Lunatic asylums in Bengal annual reports 1899-1911 - 1899-1911
Year: 1899
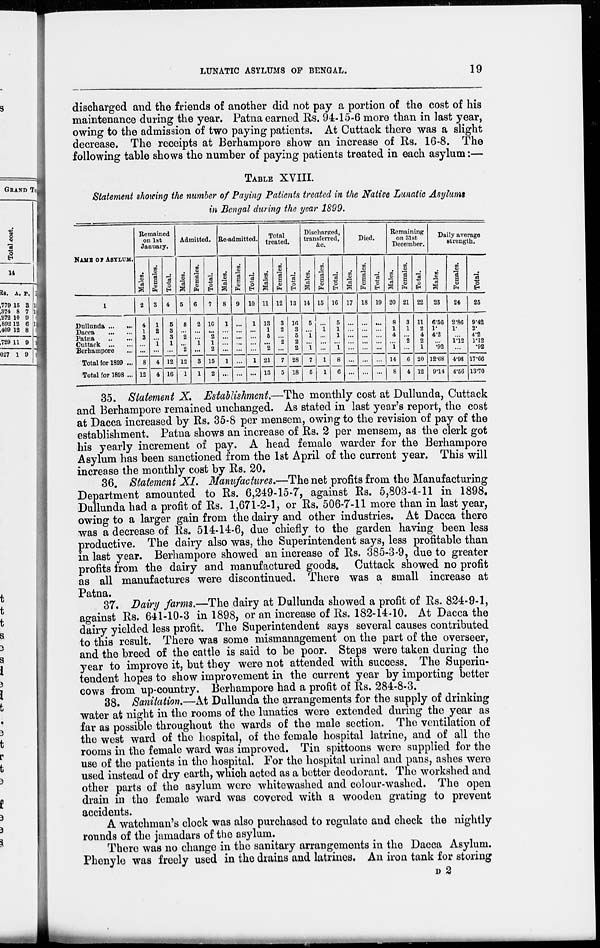
LUNATIC ASYLUMS OF BENGAL.
19
discharged and the friends of another did not pay a portion of the cost of his
maintenance during the year. Patna earned Rs. 94-15-6 more than in last year,
owing to the admission of two paying patients. At Cuttack there was a slight
decrease. The receipts at Berhampore show an increase of Rs. 16-8. The
following table shows the number of paying patients treated in each asylum:—
TABLE XVIII.
Statement showing the number of Paying Patients treated in the Native Lunatic Asylums
in Bengal during the year 1899.
NAME OF ASYLUM.
1
Dullunda ... ...
Dacca
... ...
Patna
...
...
Cuttack
...
...
Berhampore ...
Total for 1899 ...
Total for 1898 ...
Remained
on 1st
January.
Males.
2
4
1
3
...
...
8
12
Females.
3
1
2
...
1
...
4
4
Total.
4
5
3
3
1
...
12
16
Admitted.
Males.
5
8
...
2
...
2
12
1
Females.
6
2
...
...
1
...
3
1
Total.
7
10
...
2
1
2
15
2
Re-admitted.
Males.
8
1
...
...
...
...
1
...
Females.
9
...
...
...
...
...
...
...
Total.
10
1
...
...
...
...
1
...
Total
treated.
Males.
11
13
1
5
...
2
21
13
Females.
12
3
2
...
2
...
7
5
Total.
13
16
3
5
2
2
28
18
Discharged,
transferred,
&c.
Males.
14
5
...
1
...
1
7
5
Females.
15
...
1
...
...
...
1
1
Total.
16
5
1
1
...
1
8
6
Died.
Males.
17
...
...
...
...
...
...
...
Females.
18
...
...
...
...
...
...
...
Total.
19
...
...
...
...
...
...
...
Remaining
on 31st
December.
Males.
20
8
1
4
...
1
14
8
Females.
21
3
1
...
2
...
6
4
Total.
22
11
2
4
2
1
20
12
Daily average
strength.
Males.
23
6.56
1.
4.2
...
.92
12.68
9.14
Females.
24
2.86
1.
...
1.12
...
4.98
4.56
Total.
25
9.42
2.
4.2
1.12
.92
17.66
13.70
35. Statement X. Establishment.—The monthly cost at Dullunda, Cuttack
and Berhampore remained unchanged. As stated in last year's report, the cost
at Dacca increased by Rs. 35-8 per mensem, owing to the revision of pay of the
establishment. Patna shows an increase of Rs. 2 per mensem, as the clerk got
his yearly increment of pay. A head female warder for the Berhampore
Asylum has been sanctioned from the 1st April of the current year. This will
increase the monthly cost by Rs. 20.
36. Statement XI. Manufactures.—The net profits from the Manufacturing
Department amounted to Rs. 6,249-15-7, against Rs. 5,803-4-11 in 1898.
Dullunda had a profit of Rs. 1,671-2-1, or Rs. 506-7-11 more than in last year,
owing to a larger gain from the dairy and other industries. At Dacca there
was a decrease of Rs. 514-14-6, due chiefly to the garden having been less
productive. The dairy also was, the Superintendent says, less profitable than
in last year. Berhampore showed an increase of Rs. 385-3-9, due to greater
profits from the dairy and manufactured goods. Cuttack showed no profit
as all manufactures were discontinued. There was a small increase at
Patna.
37. Dairy farms.—The dairy at Dullunda showed a profit of Rs. 824-9-1,
against Rs. 641-10-3 in 1898, or an increase of Rs. 182-14-10. At Dacca the
dairy yielded less profit. The Superintendent says several causes contributed
to this result. There was some mismanagement on the part of the overseer,
and the breed of the cattle is said to be poor. Steps were taken during the
year to improve it, but they were not attended with success. The Superin-
tendent hopes to show improvement in the current year by importing better
cows from up-country. Berhampore had a profit of Rs. 284-8-3.
38. Sanitation.—At Dullunda the arrangements for the supply of drinking
water at night in the rooms of the lunatics were extended during the year as
far as possible throughout the wards of the male section. The ventilation of
the west ward of the hospital, of the female hospital latrine, and of all the
rooms in the female ward was improved. Tin spittoons were supplied for the
use of the patients in the hospital. For the hospital urinal and pans, ashes were
used instead of dry earth, which acted as a better deodorant. The workshed and
other parts of the asylum were whitewashed and colour-washed. The open
drain in the female ward was covered with a wooden grating to prevent
accidents.
A watchman's clock was also purchased to regulate and check the nightly
rounds of the jamadars of the asylum.
There was no change in the sanitary arrangements in the Dacca Asylum.
Phenyle was freely used in the drains and latrines. An iron tank for storing
D 2